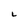
Character: L